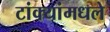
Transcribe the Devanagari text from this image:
टांक्यांमधले